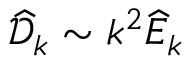
\widehat { \mathcal { D } } _ { k } \sim k ^ { 2 } \widehat { E } _ { k }